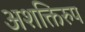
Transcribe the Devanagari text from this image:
अशक्तिरुप